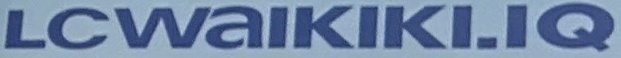
LCWAIKIKI.IQ